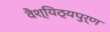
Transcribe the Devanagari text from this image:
वैश्यिठ्यपुर्ण